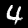
Label: 4